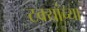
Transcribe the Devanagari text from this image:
टक्यांच्या